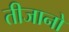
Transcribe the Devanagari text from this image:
तीजानो